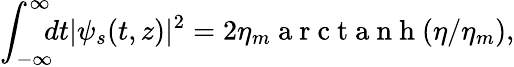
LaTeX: \int_{-\infty}^{\infty}\! \! \! dt|\psi_{s}(t,z)|^{2}=2\eta_{m}\mathrm{~a~r~c~t~a~n~h~}(\eta/\eta_{m}),